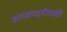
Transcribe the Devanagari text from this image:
झोपडपट्टीवासी